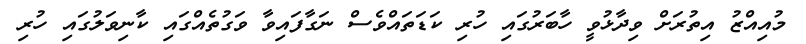
މުއިއްޒު އިތުރަށް ވިދާޅުވީ ހާބަރުގައި ހުރި ކަޑަތައްވެސް ނަގާފައިވާ ވަގުތެއްގައި ކާނިވަލުގައި ހުރި